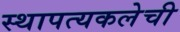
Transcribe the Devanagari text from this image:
स्थापत्यकलेची